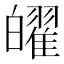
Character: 𤾫